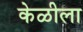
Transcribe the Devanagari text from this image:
केळीला